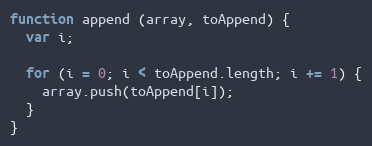
Language: JavaScript
function append (array, toAppend) {
  var i;

  for (i = 0; i < toAppend.length; i += 1) {
    array.push(toAppend[i]);
  }
}